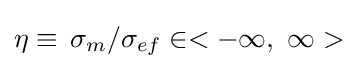
\eta \equiv \,{{\sigma }_{m}}/{{\sigma }_{ef}}\in <-\infty ,\ \infty >